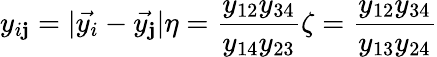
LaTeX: y_{i\mathbf{j}}=|\vec{{y_{i}}}-\vec{{y_{\mathbf{j}}}}|\eta=\frac{{y_{12}y_{34}}}{{y_{14}y_{23}}}\zeta=\frac{{y_{12}y_{34}}}{{y_{13}y_{24}}}